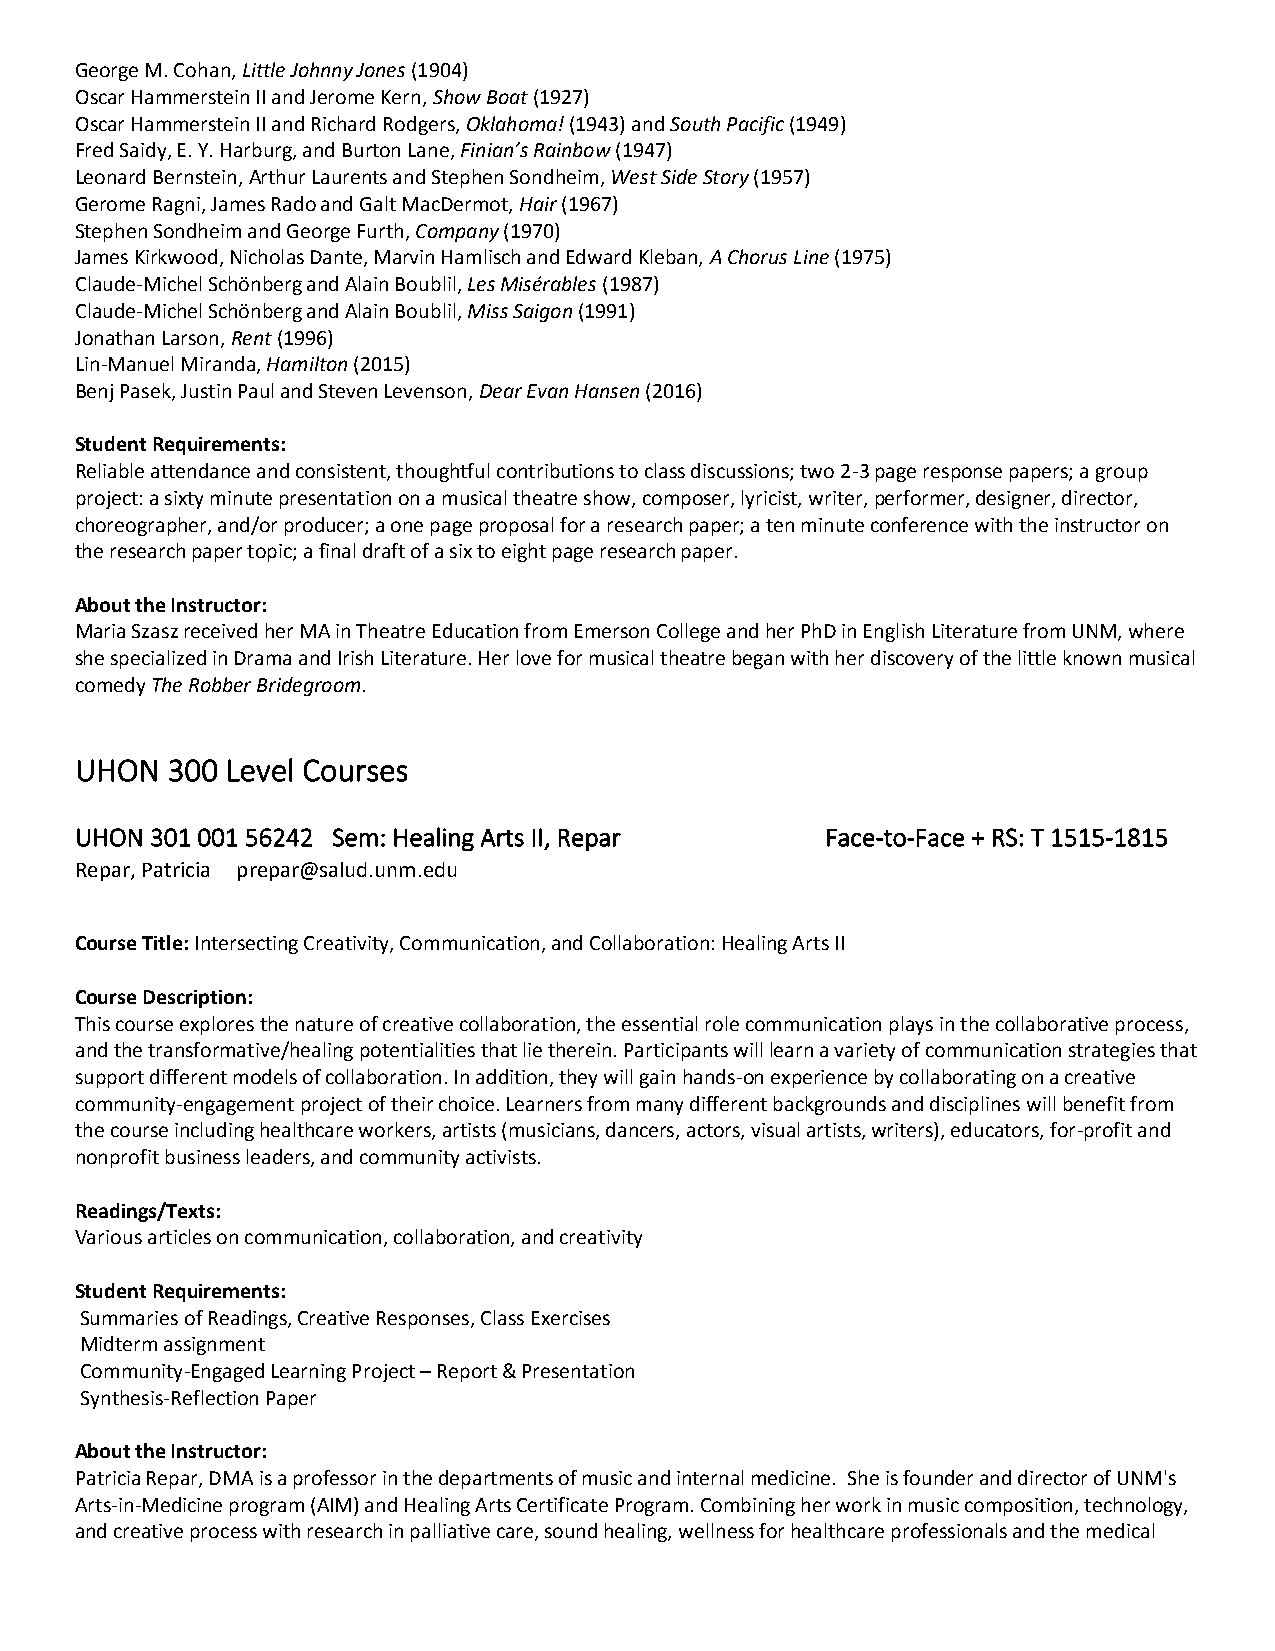
George M. Cohan, Little Johnny Jones (1904)
 Oscar Hammerstein II and Jerome Kern, Show Boat (1927)
 Oscar Hammerstein II and Richard Rodgers, Oklahoma! (1943) and South Pacific (1949)
 Fred Saidy, E. Y. Harburg, and Burton Lane, Finian’s Rainbow (1947)
 Leonard Bernstein, Arthur Laurents and Stephen Sondheim, West Side Story (1957)
 Gerome Ragni, James Rado and Galt MacDermot, Hair (1967)
 Stephen Sondheim and George Furth, Company (1970)
 James Kirkwood, Nicholas Dante, Marvin Hamlisch and Edward Kleban, A Chorus Line (1975)
 Claude-Michel Schönberg and Alain Boublil, Les Misérables (1987)
 Claude-Michel Schönberg and Alain Boublil, Miss Saigon (1991)
 Jonathan Larson, Rent (1996)
 Lin-Manuel Miranda, Hamilton (2015)
 Benj Pasek, Justin Paul and Steven Levenson, Dear Evan Hansen (2016)
 Student Requirements:
 Reliable attendance and consistent, thoughtful contributions to class discussions; two 2-3 page response papers; a group
 project: a sixty minute presentation on a musical theatre show, composer, lyricist, writer, performer, designer, director,
 choreographer, and/or producer; a one page proposal for a research paper; a ten minute conference with the instructor on
 the research paper topic; a final draft of a six to eight page research paper.
 About the Instructor:
 Maria Szasz received her MA in Theatre Education from Emerson College and her PhD in English Literature from UNM, where
 she specialized in Drama and Irish Literature. Her love for musical theatre began with her discovery of the little known musical
 comedy The Robber Bridegroom.
 UHON  300 Level Courses
 UHON 301 001 56242 Sem: Healing Arts II, Repar    Face-to-Face + RS: T 1515-1815
 Repar, Patricia prepar@salud.unm.edu
 Course Title: Intersecting Creativity, Communication, and Collaboration: Healing Arts II
 Course Description:
 This course explores the nature of creative collaboration, the essential role communication plays in the collaborative process,
 and the transformative/healing potentialities that lie therein. Participants will learn a variety of communication strategies that
 support different models of collaboration. In addition, they will gain hands-on experience by collaborating on a creative
 community-engagement project of their choice. Learners from many different backgrounds and disciplines will benefit from
 the course including healthcare workers, artists (musicians, dancers, actors, visual artists, writers), educators, for-profit and
 nonprofit business leaders, and community activists.
 Readings/Texts:
 Various articles on communication, collaboration, and creativity
 Student Requirements:
 Summaries of Readings, Creative Responses, Class Exercises
 Midterm assignment
 Community-Engaged Learning Project – Report & Presentation
 Synthesis-Reflection Paper
 About the Instructor:
 Patricia Repar, DMA is a professor in the departments of music and internal medicine. She is founder and director of UNM's
 Arts-in-Medicine program (AIM) and Healing Arts Certificate Program. Combining her work in music composition, technology,
 and creative process with research in palliative care, sound healing, wellness for healthcare professionals and the medical